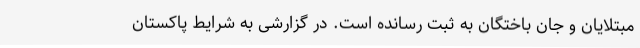
مبتلایان و جان باختگان به ثبت رسانده است. در گزارشی به شرایط پاکستان